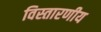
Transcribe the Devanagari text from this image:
विस्तारणीय